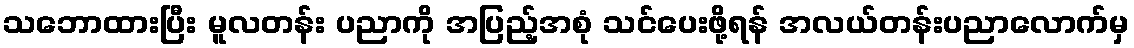
သဘောထားပြီး မူလတန်း ပညာကို အပြည့်အစုံ သင်ပေးဖို့ရန် အလယ်တန်းပညာလောက်မှ